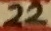
Text: 22